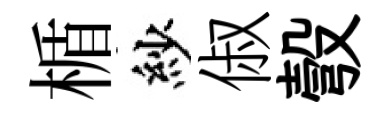
楯紗俶彀